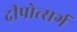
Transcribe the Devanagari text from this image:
दीपोत्सर्ग